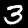
Digit: 3